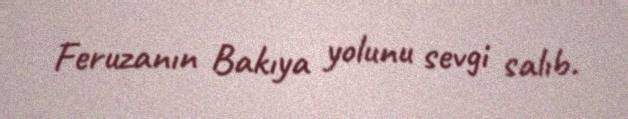
Feruzanın Bakıya yolunu sevgi salıb.